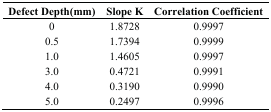
| Defect Depth(mm) | Slope K | Correlation Coefficient |
 | --- | --- | --- |
 | 0 | 1.8728 | 0.9997 |
 | 0.5 | 1.7394 | 0.9999 |
 | 1.0 | 1.4605 | 0.9997 |
 | 3.0 | 0.4721 | 0.9991 |
 | 4.0 | 0.3190 | 0.9990 |
 | 5.0 | 0.2497 | 0.9996 |